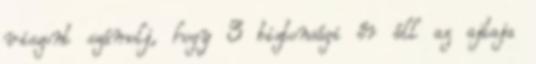
viszont számolj, hogy 3 biztonsági őr áll az ajtaja